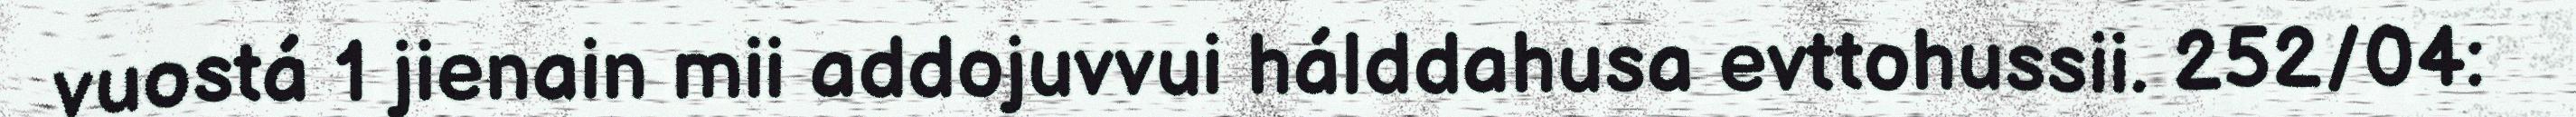
vuostá 1 jienain mii addojuvvui hálddahusa evttohussii. 252/04: